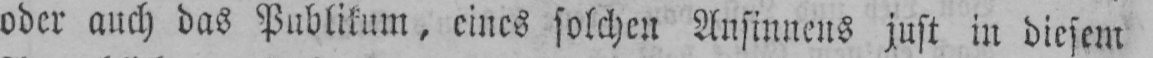
oder auch das Publikum, eines solchen Ansinnens just in diesem